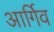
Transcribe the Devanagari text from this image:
आर्गिव